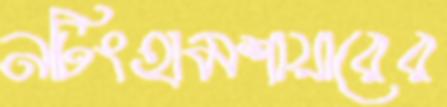
নটিংহামশায়ারের